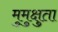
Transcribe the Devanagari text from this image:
मुमुक्षुता